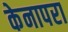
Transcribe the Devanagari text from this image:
केनापरा